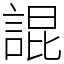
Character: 䛰